Piroplasma canis and its life cycle in the tick - Number 29
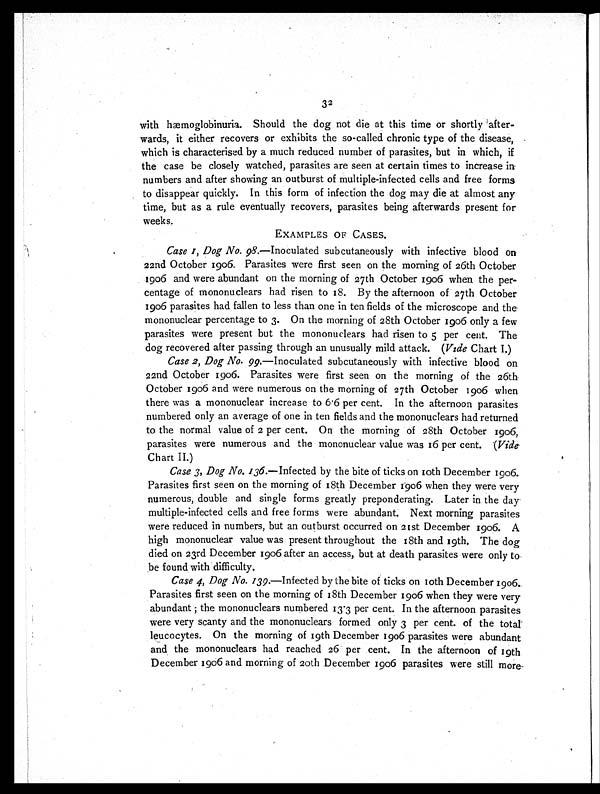
32
with hæmoglobinuria. Should the dog not die at this time or shortly after-
wards, it either recovers or exhibits the so-called chronic type of the disease,
which is characterised by a much reduced number of parasites, but in which, if
the case be closely watched, parasites are seen at certain times to increase in
numbers and after showing an outburst of multiple-infected cells and free forms
to disappear quickly. In this form of infection the dog may die at almost any
time, but as a rule eventually recovers, parasites being afterwards present for
weeks.
EXAMPLES OF CASES.
Case 1, Dog No. 98. —Inoculated subcutaneously with infective blood on
22nd October 1906. Parasites were first seen on the morning of 26th October
1906 and were abundant on the morning of 27th October 1906 when the per-
centage of mononuclears had risen to 18. By the afternoon of 27th October
1906 parasites had fallen to less than one in ten fields of the microscope and the
mononuclear percentage to 3. On the morning of 28th October 1906 only a few
parasites were present but the mononuclears had risen to 5 per cent. The
dog recovered after passing through an unusually mild attack. ( Vide Chart I.)
Case 2, Dog No. 99. —Inoculated subcutaneously with infective blood on
22nd October 1906. Parasites were first seen on the morning of the 26th
October 1906 and were numerous on the morning of 27th October 1906 when
there was a mononuclear increase to 6.6 per cent. In the afternoon parasites
numbered only an average of one in ten fields and the mononuclears had returned
to the normal value of 2 per cent. On the morning of 28th October 1906,
parasites were numerous and the mononuclear value was 16 per cent. ( Vide
Chart II.)
Case 3, Dog No. 136. —Infected by the bite of ticks on 10th December 1906.
Parasites first seen on the morning of 18th December 1906 when they were very
numerous, double and single forms greatly preponderating. Later in the day
multiple-infected cells and free forms were abundant. Next morning parasites
were reduced in numbers, but an outburst occurred on 21 st December 1906. A
high mononuclear value was present throughout the 18th and 19th. The dog
died on 23rd December 1906 after an access, but at death parasites were only to
be found with difficulty.
Case 4, Dog No. 139. —Infected by the bite of ticks on 10th December 1906.
Parasites first seen on the morning of 18th December 1906 when they were very
abundant; the mononuclears numbered 13.3 per cent. In the afternoon parasites
were very scanty and the mononuclears formed only 3 per cent. of the total
leucocytes. On the morning of 19th December 1906 parasites were abundant
and the mononuclears had reached 26 per cent. In the afternoon of 19th
December 1906 and morning of 20th December 1906 parasites were still more